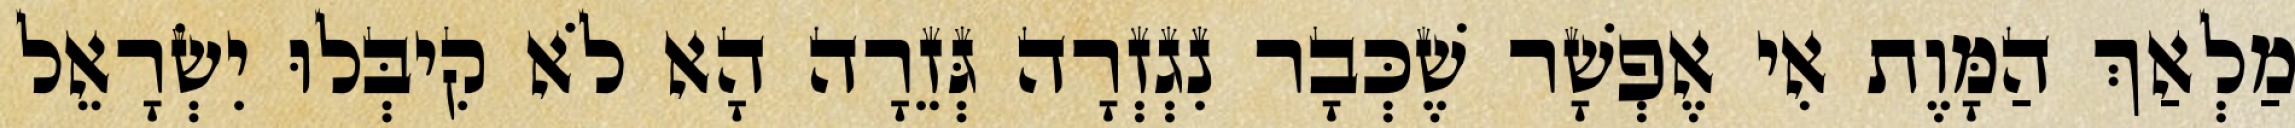
מַלְאַךְ הַמָּוֶת אִי אֶפְשָׁר שֶׁכְּבָר נִגְזְרָה גְּזֵרָה הָא לֹא קִיבְּלוּ יִשְׂרָאֵל